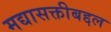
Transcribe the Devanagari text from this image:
मद्यासक्तीबद्दल